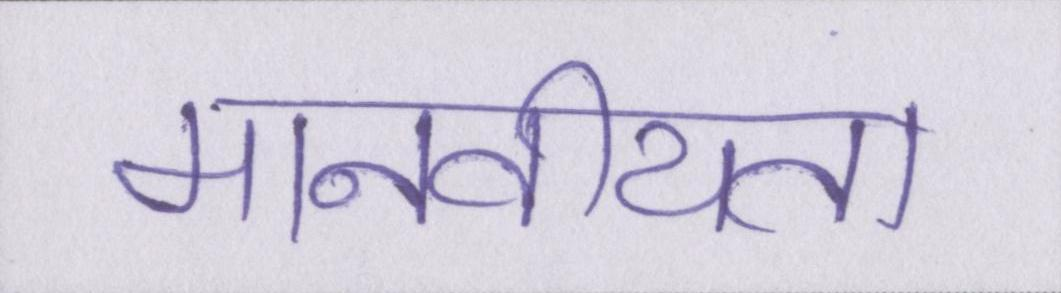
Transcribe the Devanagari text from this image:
मानवीयता